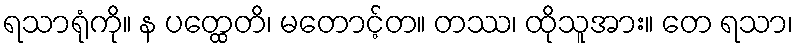
ရသာရုံကို။ န ပတ္ထေတိ၊ မတောင့်တ။ တဿ၊ ထိုသူအား။ တေ ရသာ၊